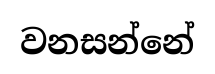
වනසන්නේ